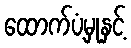
ထောက်ပံ့မှုနှင့်